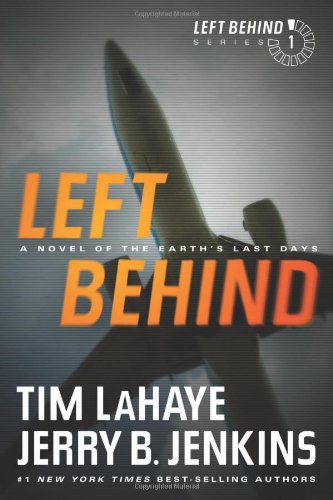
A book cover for Left Behind: A Novel of the Earth's Last Days; Tim LaHaye; Christian Books & Bibles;